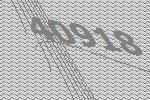
40918